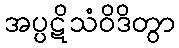
အပ္ပဋိသံဝိဒိတွာ